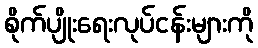
စိုက်ပျိုးရေးလုပ်ငန်းများကို